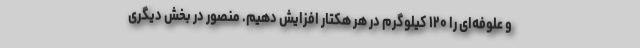
و علوفه‌ای را ۱۲۰ کیلوگرم در هر هکتار افزایش دهیم. منصور در بخش دیگری